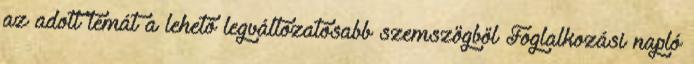
az adott témát a lehető legváltozatosabb szemszögből Foglalkozási napló